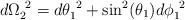
LaTeX: \begin{align*}d\Omega_2^{~2} = d\theta_1^{~2} + \sin^2 (\theta_1) d\phi_1^{~2}\end{align*}